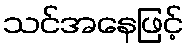
သင်အနေဖြင့်